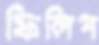
ফিলিপ